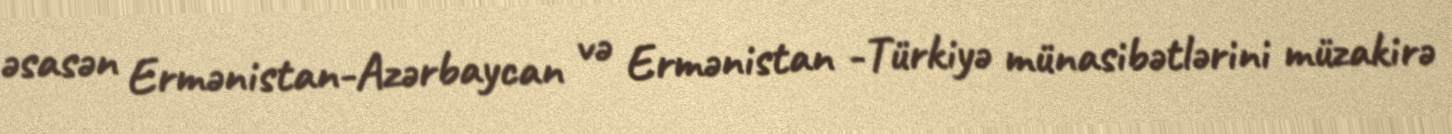
əsasən Ermənistan-Azərbaycan və Ermənistan -Türkiyə münasibətlərini müzakirə